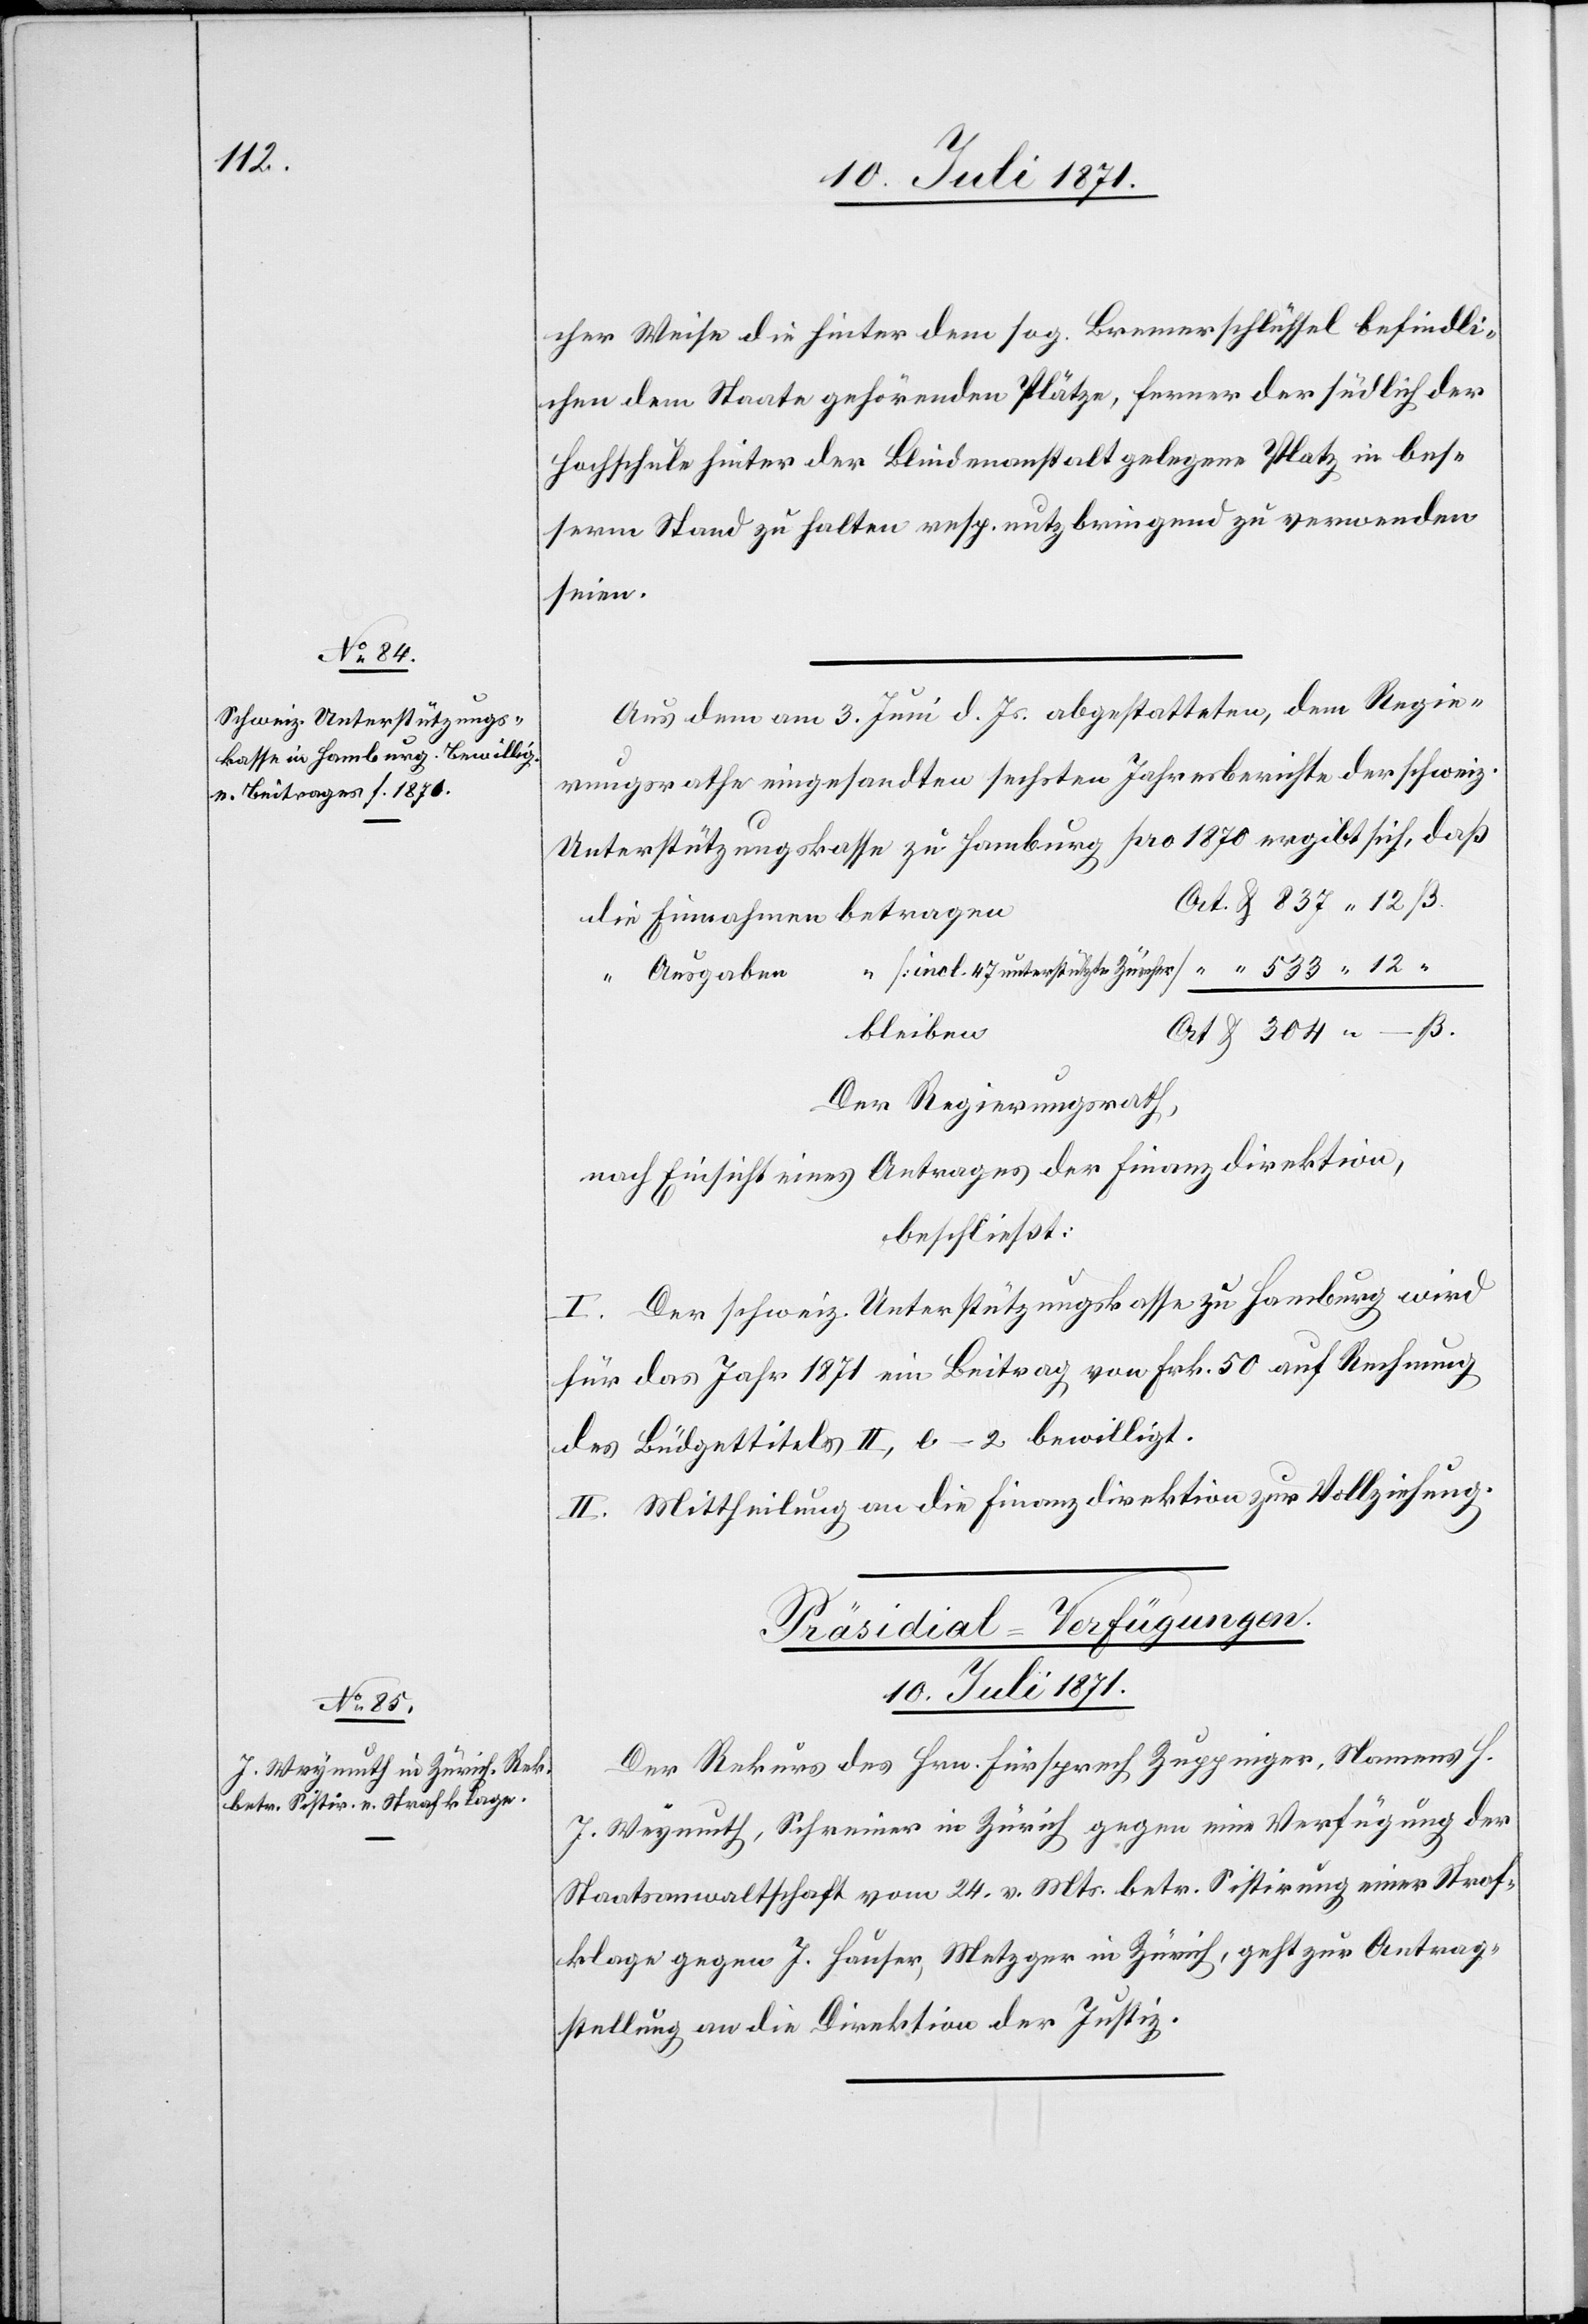
lb.

cher Weise die hinter dem sog. Bremerschlüssel befindli¬
chen dem Staate gehörenden Plätze, ferner der südliche der
Hochschule hinter der Blindenanstalt gelegene Platz in bes¬
serem Stand zu halten resp. nutzbringend zu verwenden
seien.
Aus dem am 3. Juni d. Js. abgestatteten, dem Regie¬
rungsrathe eingesandten sechsten Jahresberichte der schweiz.
Unterstützungskasse zu Hamburg pro 1870 ergibt sich, daß
Ausgaben
47
bleiben
Der Regierungsrath,
nach Einsicht eines Antrages der Finanzdirektion,
beschließt:
I. Der schweiz. Unterstützungskasse zu Hamburg wird
für das Jahr 1871 ein Beitrag von Frk. 50 auf Rechnung
des Büdgettitels II, [?e]–z bewilligt.
II. Mittheilung an die Finanzdirektion zur Vollziehung.
Präsidial-Verfügungen
10. Juli 1871.
Der Rekurs des Hrn. Fürsprech Zuppinger, Namens H.
Weymuth, Schreiner in Zürich gegen eine Verfügung der
Staatsanwaltschaft vom 24. v. Mts. betr. Sistirung einer Straf¬
klage gegen J. Hauser, Metzger in Zürich, geht zur Antrag¬
stellung an die Direktion der Justiz.